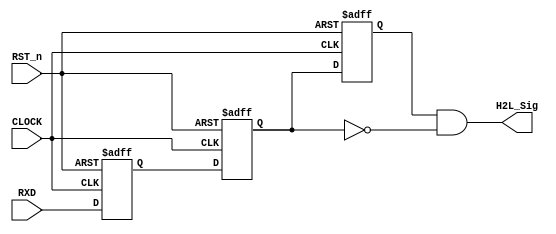
//****************************************************************************//
//# @Author: 
//# @Date:   2019-05-12 16:32:52
//# @Last Modified by:   zlk
//# @WeChat Official Account: OpenFPGA
//# @Last Modified time: 2019-08-04 17:18:40
//# Description: 
//# @Modification History: 2019-05-12 20:00:33
//# Date			    By			   Version			   Change Description: 
//# ========================================================================= #
//# 2019-05-12 20:00:33
//# ========================================================================= #
//# |                                          								| #
//# |                                OpenFPGA     							| #
//****************************************************************************//
module detect_module 
(
    CLOCK, RST_n,
	 RXD,
	 H2L_Sig
);
    input CLOCK;
	input RST_n;
	input RXD;
	output H2L_Sig;
	 

	/******************************/
    //sync the rxd data: rxd_sync
    reg	rxd_sync;				
    always@(posedge CLOCK or negedge RST_n)
    begin
	if(!RST_n)
		rxd_sync <= 1;
	else
		rxd_sync <= RXD;
    end

	/******************************/
	 
	 reg H2L_F1;
	 reg H2L_F2;
	 
	 always @ ( posedge CLOCK or negedge RST_n )
	     if( !RST_n )
		      begin
				    H2L_F1 <= 1'b1;
					 H2L_F2 <= 1'b1;
				end
		  else
		      begin
				    H2L_F1 <= rxd_sync;
					H2L_F2 <= H2L_F1;
				end
				
	/***************************************/
	
	assign H2L_Sig = H2L_F2 & !H2L_F1;
	
	/***************************************/
	
endmodule